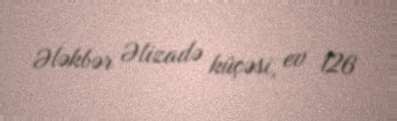
Ələkbər Əlizadə küçəsi, ev 126